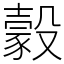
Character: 豰